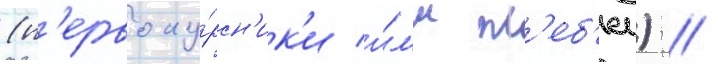
(п'ервоку́рсн'ик'и и́л'и пл'еб'еи) /